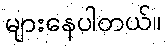
များနေပါတယ်။